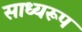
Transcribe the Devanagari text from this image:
साध्यरूप